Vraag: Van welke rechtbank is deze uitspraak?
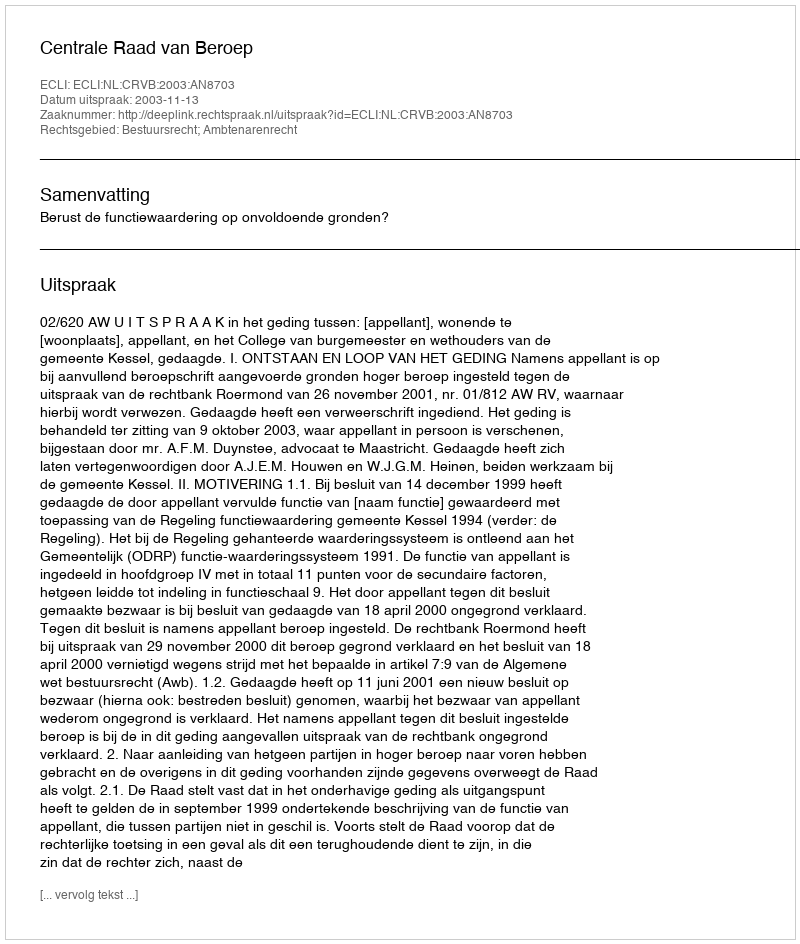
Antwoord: Centrale Raad van Beroep